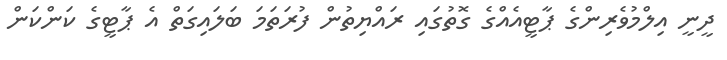
ދީނީ އިލްމުވެރިންގެ ޕާޓީއެއްގެ ގޮތުގައި ރައްޔިތުން ފުރަތަމަ ބަލައިގަތް އެ ޕާޓީގެ ކަންކަން